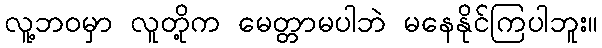
လူ့ဘ၀မှာ လူတို့က မေတ္တာမပါဘဲ မနေနိုင်ကြပါဘူး။